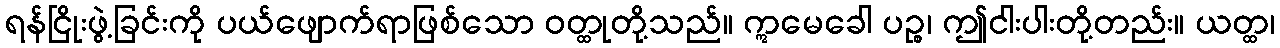
ရန်ငြိုးဖွဲ့ခြင်းကို ပယ်ဖျောက်ရာဖြစ်သော ဝတ္ထုတို့သည်။ ဣမေခေါ ပဉ္စ၊ ဤငါးပါးတို့တည်း။ ယတ္ထ၊